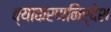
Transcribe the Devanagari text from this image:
व्याकरणनिर्देश